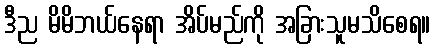
ဒီည မိမိဘယ်နေရာ အိပ်မည်ကို အခြားသူမသိစေရ။